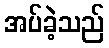
အပ်ခဲ့သည်